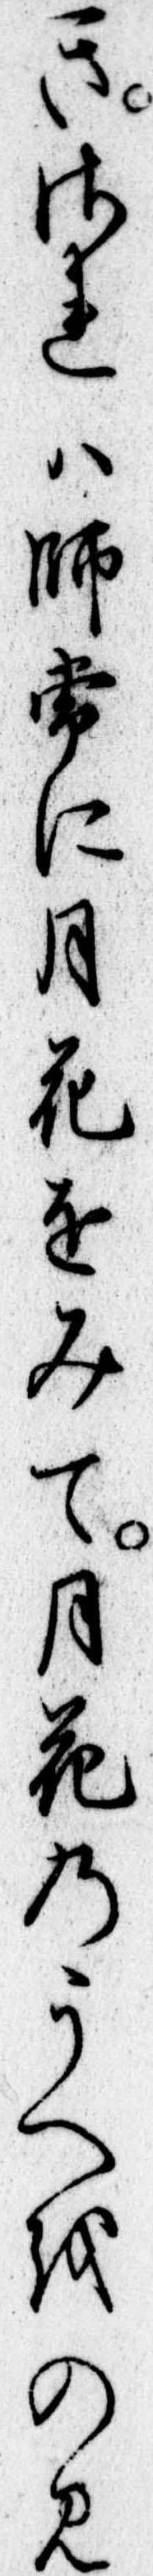
きされは師常に月花をみて月花のうへをのみ